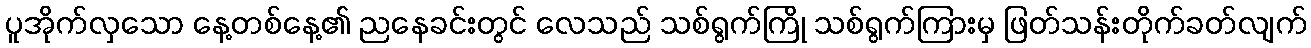
ပူအိုက်လှသော နေ့တစ်နေ့၏ ညနေခင်းတွင် လေသည် သစ်ရွက်ကြို သစ်ရွက်ကြားမှ ဖြတ်သန်းတိုက်ခတ်လျက်